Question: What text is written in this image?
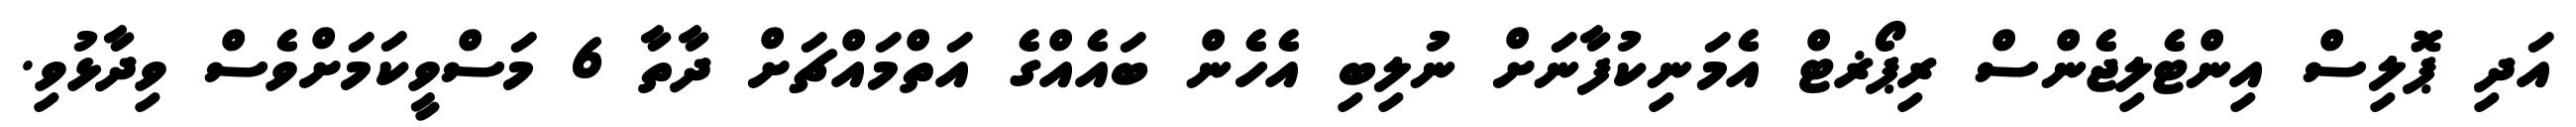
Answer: އަދި ޕޮލިސް އިންޓެލިޖެންސް ރިޕޯޜޓް އެމަނިކުފާނަށް ނުލިބި އެހެން ބައެއްގެ އަތްމައްޗަށް ދާތާ 6 މަސްވީކަމަށްވެސް ވިދާޅުވި.